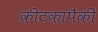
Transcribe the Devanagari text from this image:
कीटकापैकी